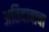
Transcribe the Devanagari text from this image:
अतिदाबाचा